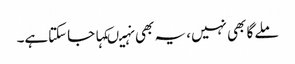
ملے گا بھی نہیں، یہ بھی نہیںکہا جاسکتاہے۔